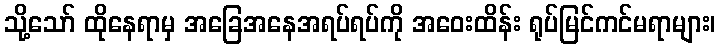
သို့သော် ထိုနေရာမှ အခြေအနေအရပ်ရပ်ကို အဝေးထိန်း ရုပ်မြင်ကင်မရာများ၊